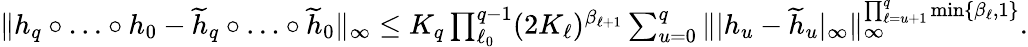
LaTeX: \begin{array}{r}{\| h_{q}\circ\ldots\circ h_{0}-\widetilde{h}_{q}\circ\ldots\circ\widetilde{h}_{0}\| _{\infty}\leq K_{q}\prod_{\ell_{0}}^{q-1}(2K_{\ell})^{\beta_{\ell+1}}\sum_{u=0}^{q}\| |h_{u}-\widetilde{h}_{u}|_{\infty}\| _{\infty}^{\prod_{\ell=u+1}^{q}\operatorname*{min}\{ \beta_{\ell},1\} }.}\end{array}